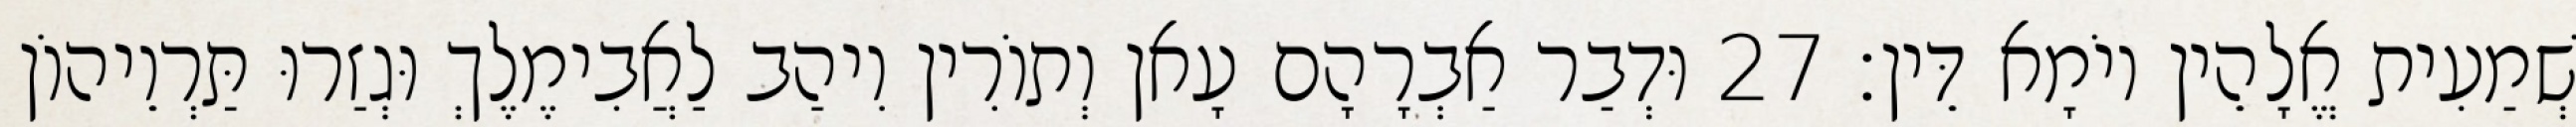
שְׁמַעִית אֱלָהֵין יוֹמָא דֵּין׃ 27 וּדְבַר אַבְרָהָם עָאן וְתוֹרִין וִיהַב לַאֲבִימֶלֶךְ וּגְזַרוּ תַּרְוֵיהוֹן